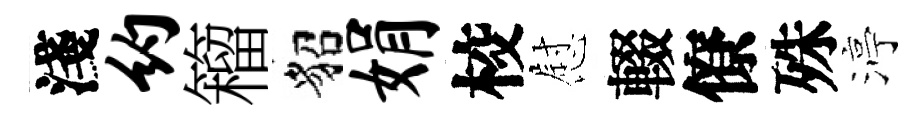
淺约籕貂娟校慰輟僚殊渟